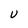
Character: U